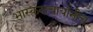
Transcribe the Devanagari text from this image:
भास्कराचार्यानीच